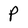
Character: P